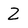
Character: Z